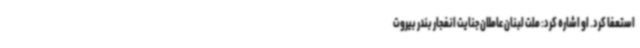
استعفا کرد. او اشاره کرد: ملت لبنان عاملان جنایت انفجار بندر بیروت